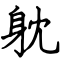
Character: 躭